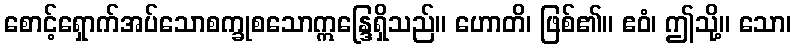
စောင့်ရှောက်အပ်သောစက္ခုစသောဣန္ဒြေရှိသည်။ ဟောတိ၊ ဖြစ်၏။ ဧဝံ၊ ဤသို့။ သော၊